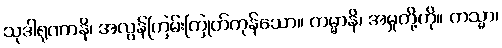
သုဒါရုဏာနိ၊ အလွန်ကြမ်းကြုတ်ကုန်သော။ ကမ္မာနိ၊ အမှုတို့ကို။ ကသ္မာ၊